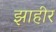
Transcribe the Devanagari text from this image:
झाहीर